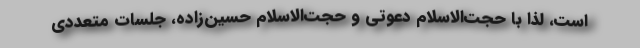
است، لذا با حجت‌الاسلام دعوتی و حجت‌الاسلام حسین‌زاده، جلسات متعددی